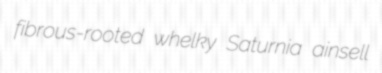
fibrous-rooted whelky Saturnia ainsell